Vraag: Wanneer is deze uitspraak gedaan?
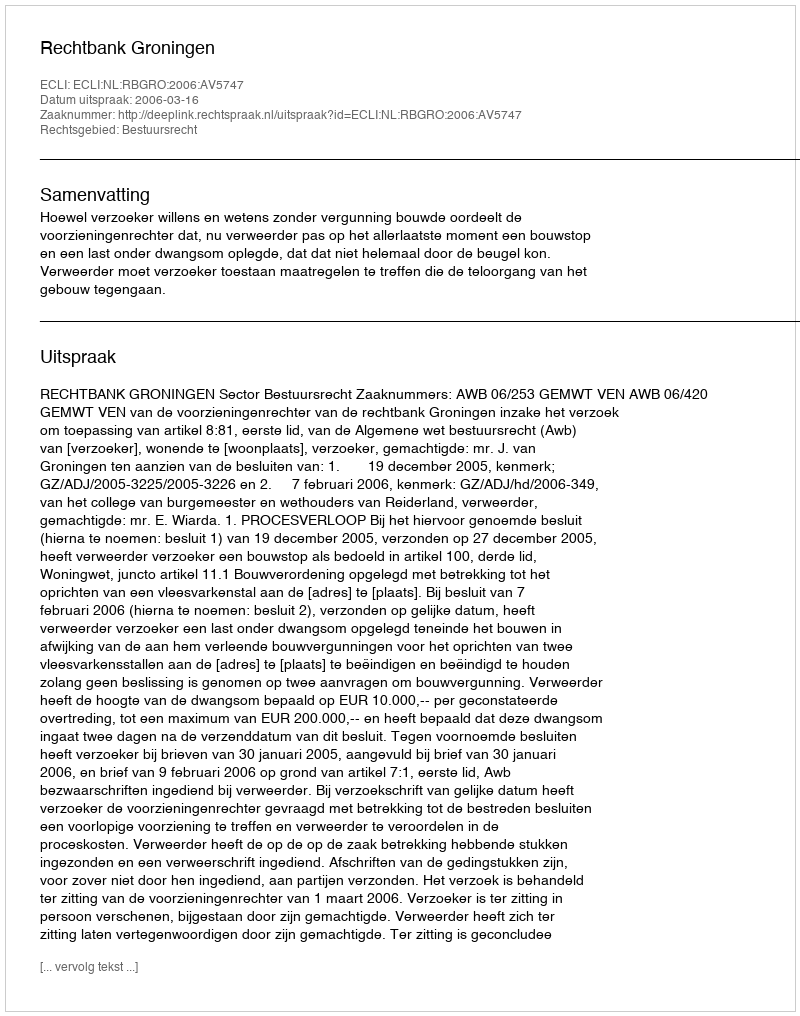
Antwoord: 2006-03-16